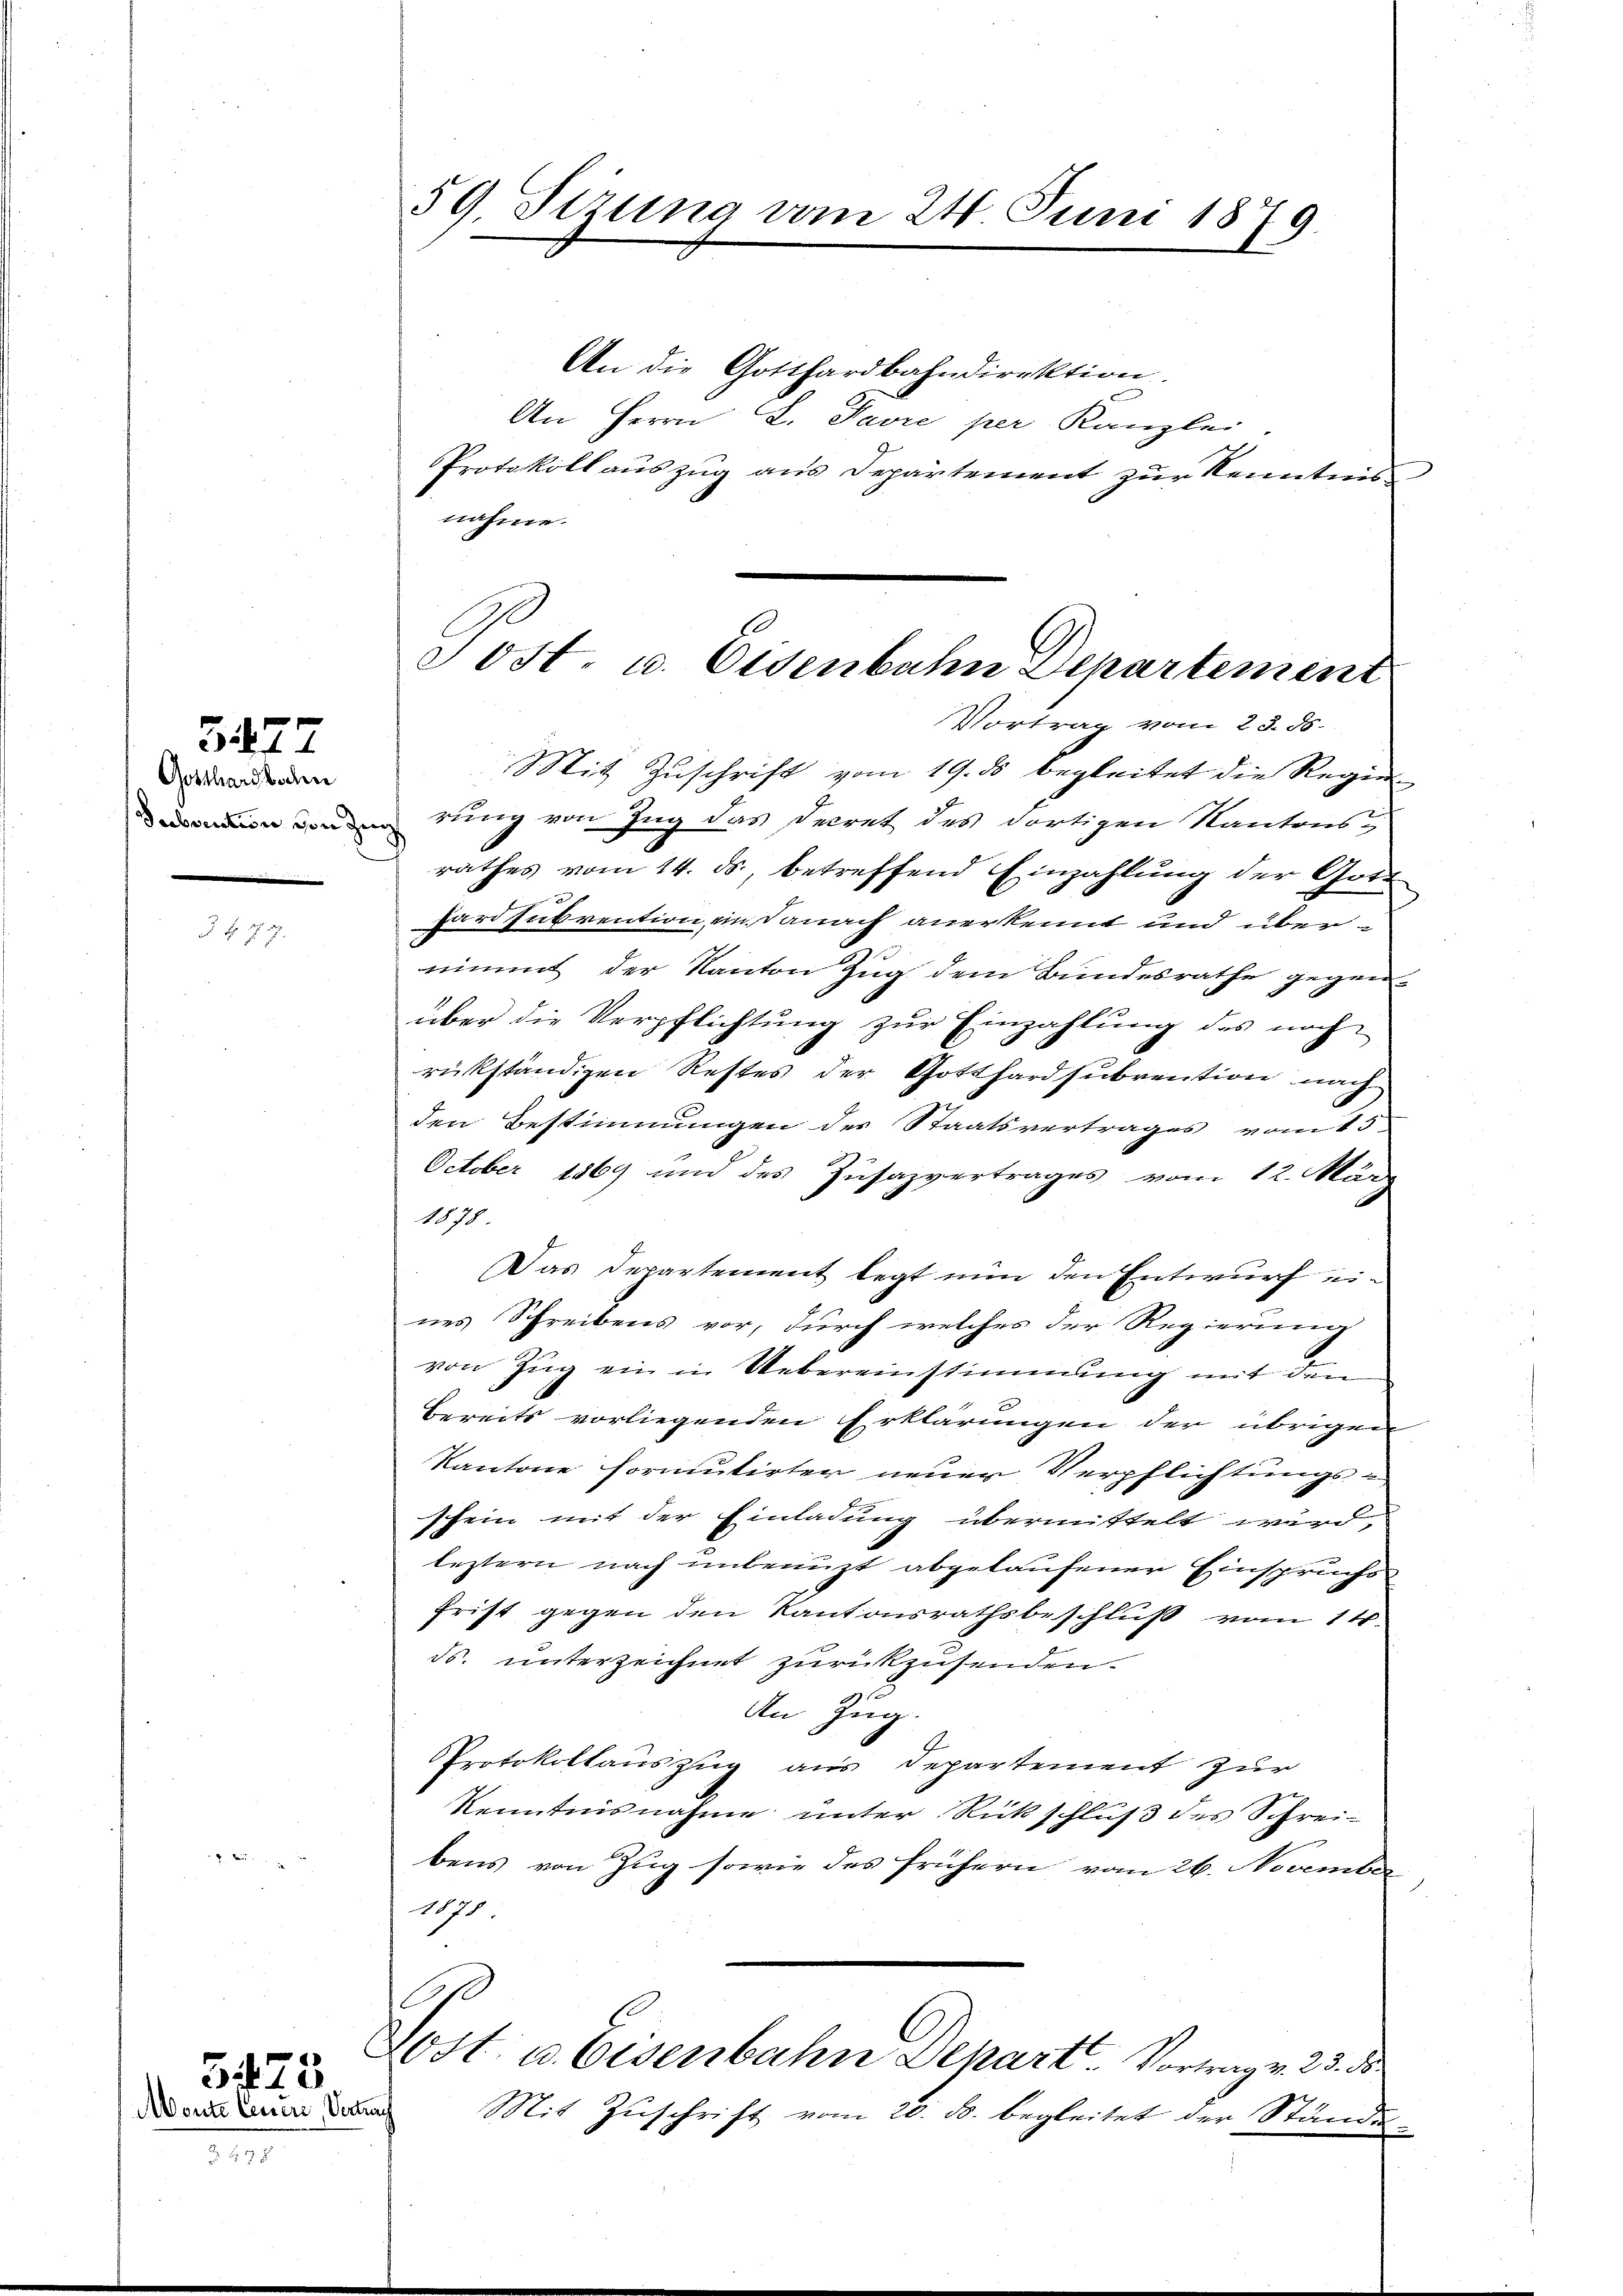
Gotthardboden

G177

§ §. 1789.

5423
Monte Ceuere Vertrag

59. Sizung vom 24. Juni 1879.

Post. u. Eisenbahn Departement
Vortrag vom 23. ds.
Mit Zuschrift vom 19. ds begleitet die Regie

An die Gotthardbahndirektion.
An Herrn L. Savre per Kanzlei
Protokoll auszug aus Departement zur Kenntnis
nahme.
 rung von Zug das Decret des dortigen Kantons-
rathes vom 14. ds., betreffend Einzahlung der Gott
Hardsubvention ein danach anerkennt und übernimmt der Kanton Zug dem Bundesrathe gegen-
über die Verpflichtung zur Einzahlung des noch
rückständigen Restes der Gotthardsubvention nach
den Bestimmungen des Staatsvertrages vom 15.
October 1869 und des Zusazvertrages vom 12. März
1878.
Das Departement legt nun den Entwurf eines Schreibens vor, durch welches der Regierung
von Zug ein in Uebereinstimmung mit den
bereits vorliegenden Erklärungen der übrigen
Kantone formutirter neuer Verpflichtungsschein mit der Einladung übermittelt wird,
leztern nach unbrauzt abgelaufener Einspruchs-
frist gegen den Kantonsrathsbeschluß vom 11.
ds. unterzeichnet zurückzusenden.
An Zug.
Protokollauszug aus Departement zur
Kenntnisnahme unter Rückschluß des Schrei-
bens von Zug sowie des frühern vom 26. November
1878.
e
Jost u. Eisenbahn Depart Vortrag v. 23. ds
Mit Zŭschrift vom 20. ds. begleitet der Stände¬